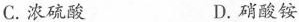
C.浓硫酸 D.硝酸铵